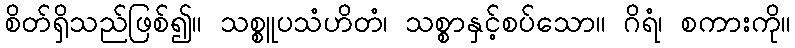
စိတ်ရှိသည်ဖြစ်၍။ သစ္စူပသံဟိတံ၊ သစ္စာနှင့်စပ်သော။ ဂိရံ၊ စကားကို။